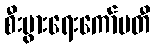
စီးပွားရေးကော်မတီ